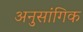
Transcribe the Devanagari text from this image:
अनुसांगिक